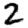
Digit: 2